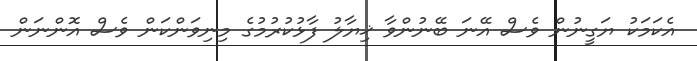
އެކަމަކު ޔަގީނުން ވެސް އޭނަ ބޭނުންވާ ޚިޔާލު ފާޅުކުރުމުގެ މިނިވަންކަން ވެސް އޮންނަން